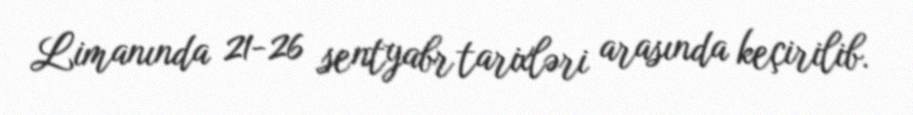
Limanında 21-26 sentyabr tarixləri arasında keçirilib.